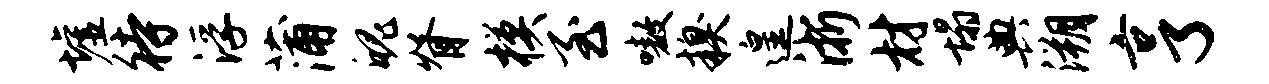
墟待浮蒲魄脊模至嗷糗遑浙材塌典溯亨